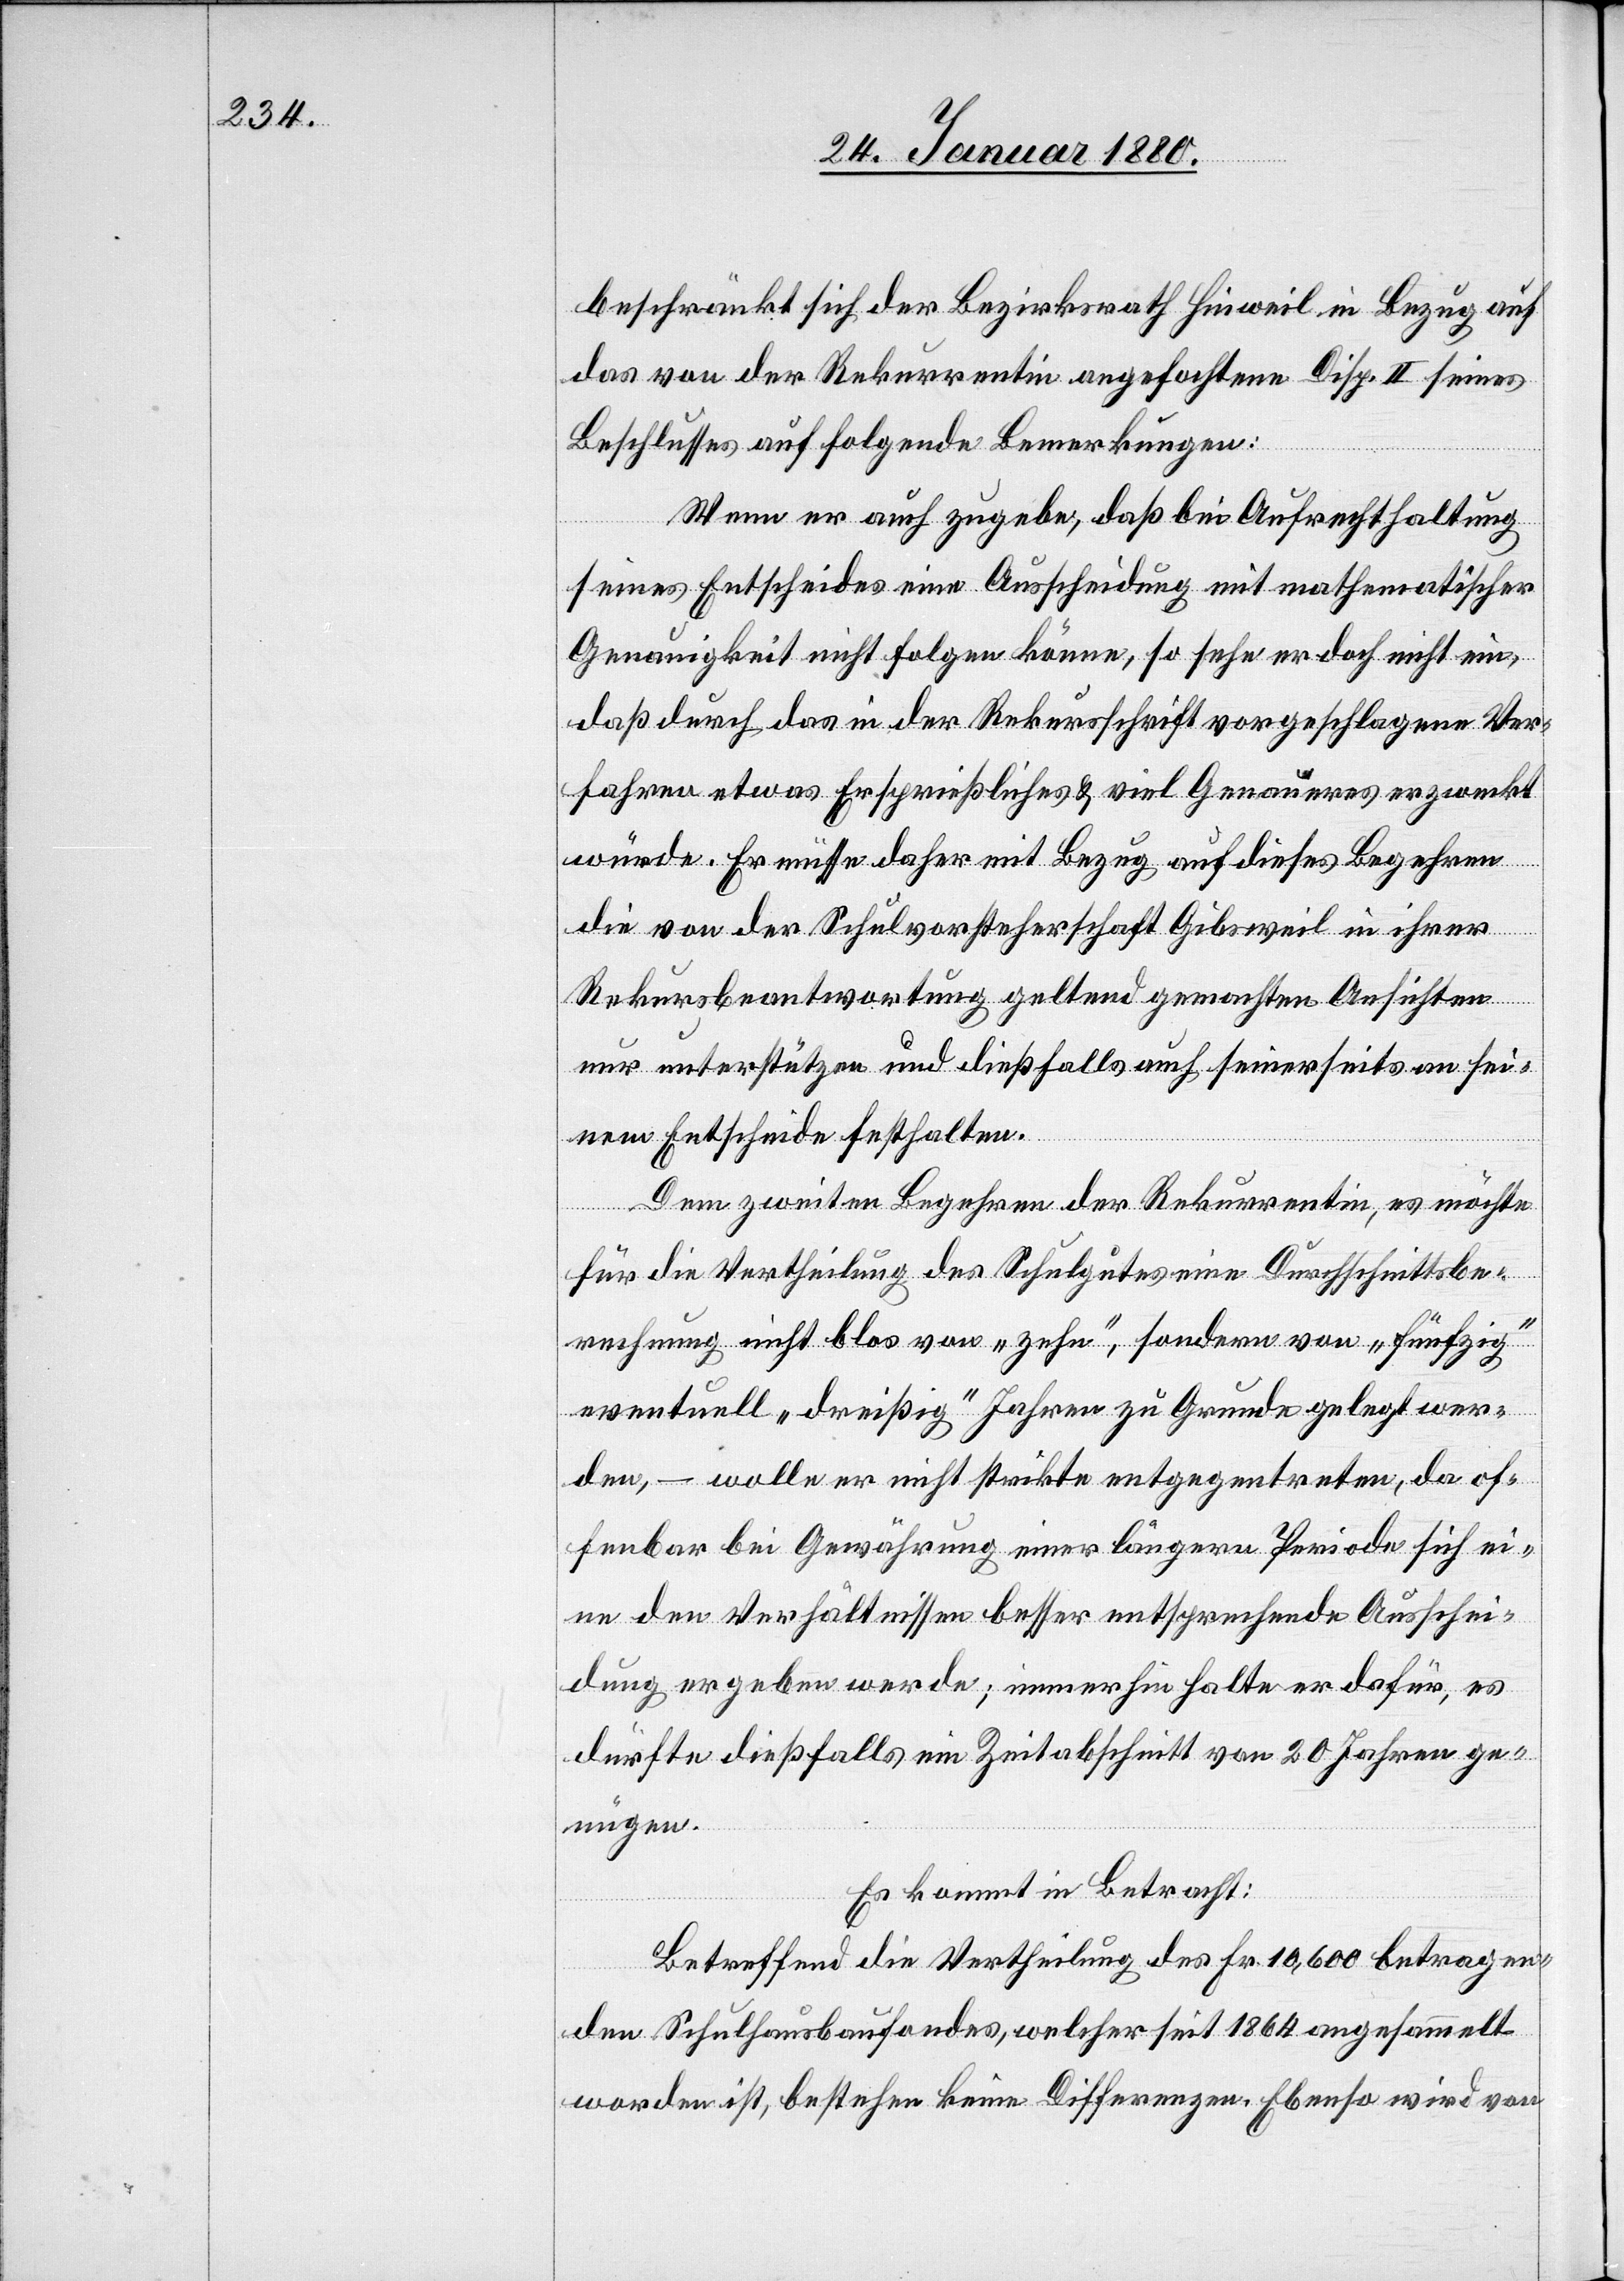
beschränkt sich der Bezirksrath Hinweil in Bezug auf
das von der Rekurrentin angefochtene Disp. II seines
Beschlusses auf folgende Bemerkungen:
Wenn er auch zugebe, daß bei Aufrechthaltung
seines Entscheides eine Ausscheidung mit mathematischer
Genauigkeit nicht folgen könne, so sehe er doch nicht ein,
daß durch das in der Rekursschrift vorgeschlagene Ver¬
fahren etwas Ersprießliches & viel Genaueres erzweckt
würde. Er müsse daher mit Bezug auf dieses Begehren
die von der Schulvorsteherschaft Gibsweil in ihrer
Rekursbeantwortung geltend gemachten Ansichten
nur unterstützen und dießfalls auch seinerseits an sei¬
nem Entscheide festhalten.
Dem zweiten Begehren der Rekurrentin, es möchte
für die Vertheilung des Schulgutes eine Durchschnittsbe¬
rechnung nicht blos von „zehn“, sondern von „fünfzig“
eventuell „dreißig“ Jahren zu Grunde gelegt wer¬
den, – wolle er nicht strikte entgegentreten, da of¬
fenbar bei Gewährung einer längern Periode sich ei¬
ne den Verhältnissen besser entsprechende Ausschei¬
dung ergeben werde; immerhin halte er dafür, es
dürfte dießfalls ein Zeitabschnitt von 20 Jahren ge¬
nügen.
Es kommt in Betracht:
Betreffend die Vertheilung des Fr. 10, 600 betragen¬
den Schulhausbaufondes, welcher seit 1864 angesammelt
worden ist, bestehen keine Differenzen. Ebenso wird von